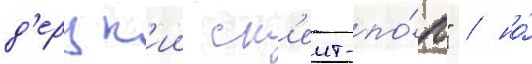
д'ерзк'ии ск'еит-по́п" / но́